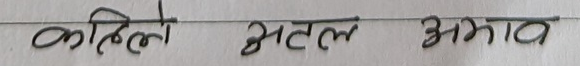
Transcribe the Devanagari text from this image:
कहिले अटल अभाव